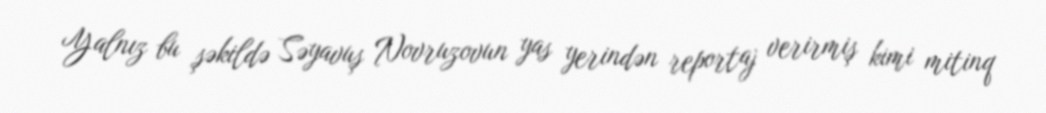
Yalnız bu şəkildə Səyavuş Novruzovun yas yerindən reportaj verirmiş kimi mitinq